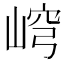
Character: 𡸕